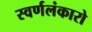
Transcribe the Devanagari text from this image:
स्वर्णलंकारो